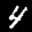
Label: 4